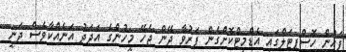
ފަހުން ހޮސްޕިޓަލްގައި އެޑްމިޓްކޮށްގެން ފަރުވާ ދޭން ޖެހޭ މީހުންގެ އަދަދު އަނެއްކާވެސް ދަނީ